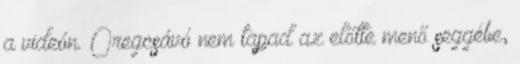
a videón. Öregcsávó nem tapad az előtte menő seggébe,